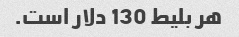
هر بلیط 130 دلار است.